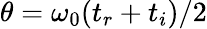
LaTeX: \theta=\omega_{0}(t_{r}+t_{i})/2